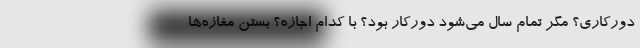
دورکاری؟ مگر تمام سال می‌شود دورکار بود؟ با کدام اجازه؟ بستن مغازه‌ها